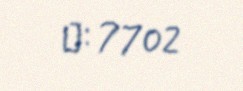
№: 7702